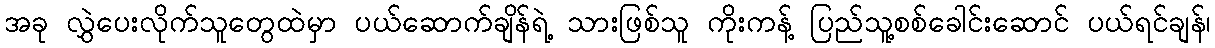
အခု လွှဲပေးလိုက်သူတွေထဲမှာ ပယ်ဆောက်ချိန်ရဲ့ သားဖြစ်သူ ကိုးကန့် ပြည်သူ့စစ်ခေါင်းဆောင် ပယ်ရင်ချန်၊